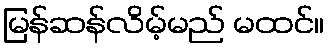
မြန်ဆန်လိမ့်မည် မထင်။